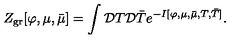
Z _ { \mathrm { g r } } [ \varphi , \mu , \bar { \mu } ] = \int { \cal D } T { \cal D } \bar { T } e ^ { - I [ \varphi , \mu , \bar { \mu } , T , \bar { T } ] } .